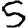
Digit: 5